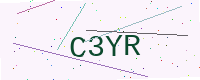
Text: C3YR